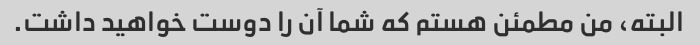
البته، من مطمئن هستم که شما آن را دوست خواهید داشت.